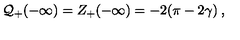
{ \cal Q } _ { + } ( - \infty ) = Z _ { + } ( - \infty ) = - 2 ( \pi - 2 \gamma ) \: ,